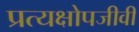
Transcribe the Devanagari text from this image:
प्रत्यक्षोपजीवी